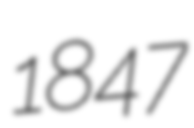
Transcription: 1847